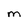
Character: M